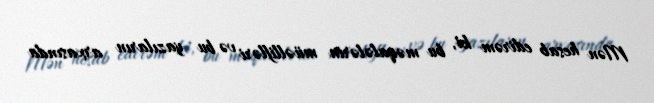
Mən hesab edirəm ki, bu məqalələrin müəllifləri və bu yazıların arxasında